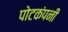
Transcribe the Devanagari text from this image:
पोटकंपनी